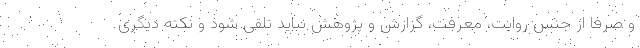
و صرفاً از جنس روایت، معرفت، گزارش و پژوهش نباید تلقی شود و نکته دیگری